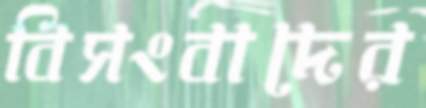
বিসংবাদের